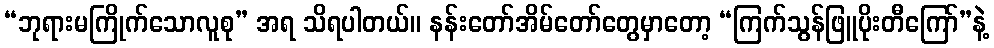
“ဘုရားမကြိုက်သောလူစု” အရ သိရပါတယ်။ နန်းတော်အိမ်တော်တွေမှာတော့ “ကြက်သွန်ဖြူပိုးတီကြော်”နဲ့